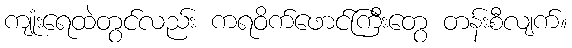
ကျုံးရေထဲတွင်လည်း ကရဝိက်ဖောင်ကြီးတွေ တန်းစီလျက်။